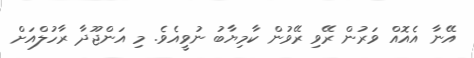
އޭނާ އެއޮއް ވަރުން ރޭވި ރޭވުން ކާމިޔާބު ނުވީއެވެ. މި އަންޖޫދާ ރާހުލްއަށް